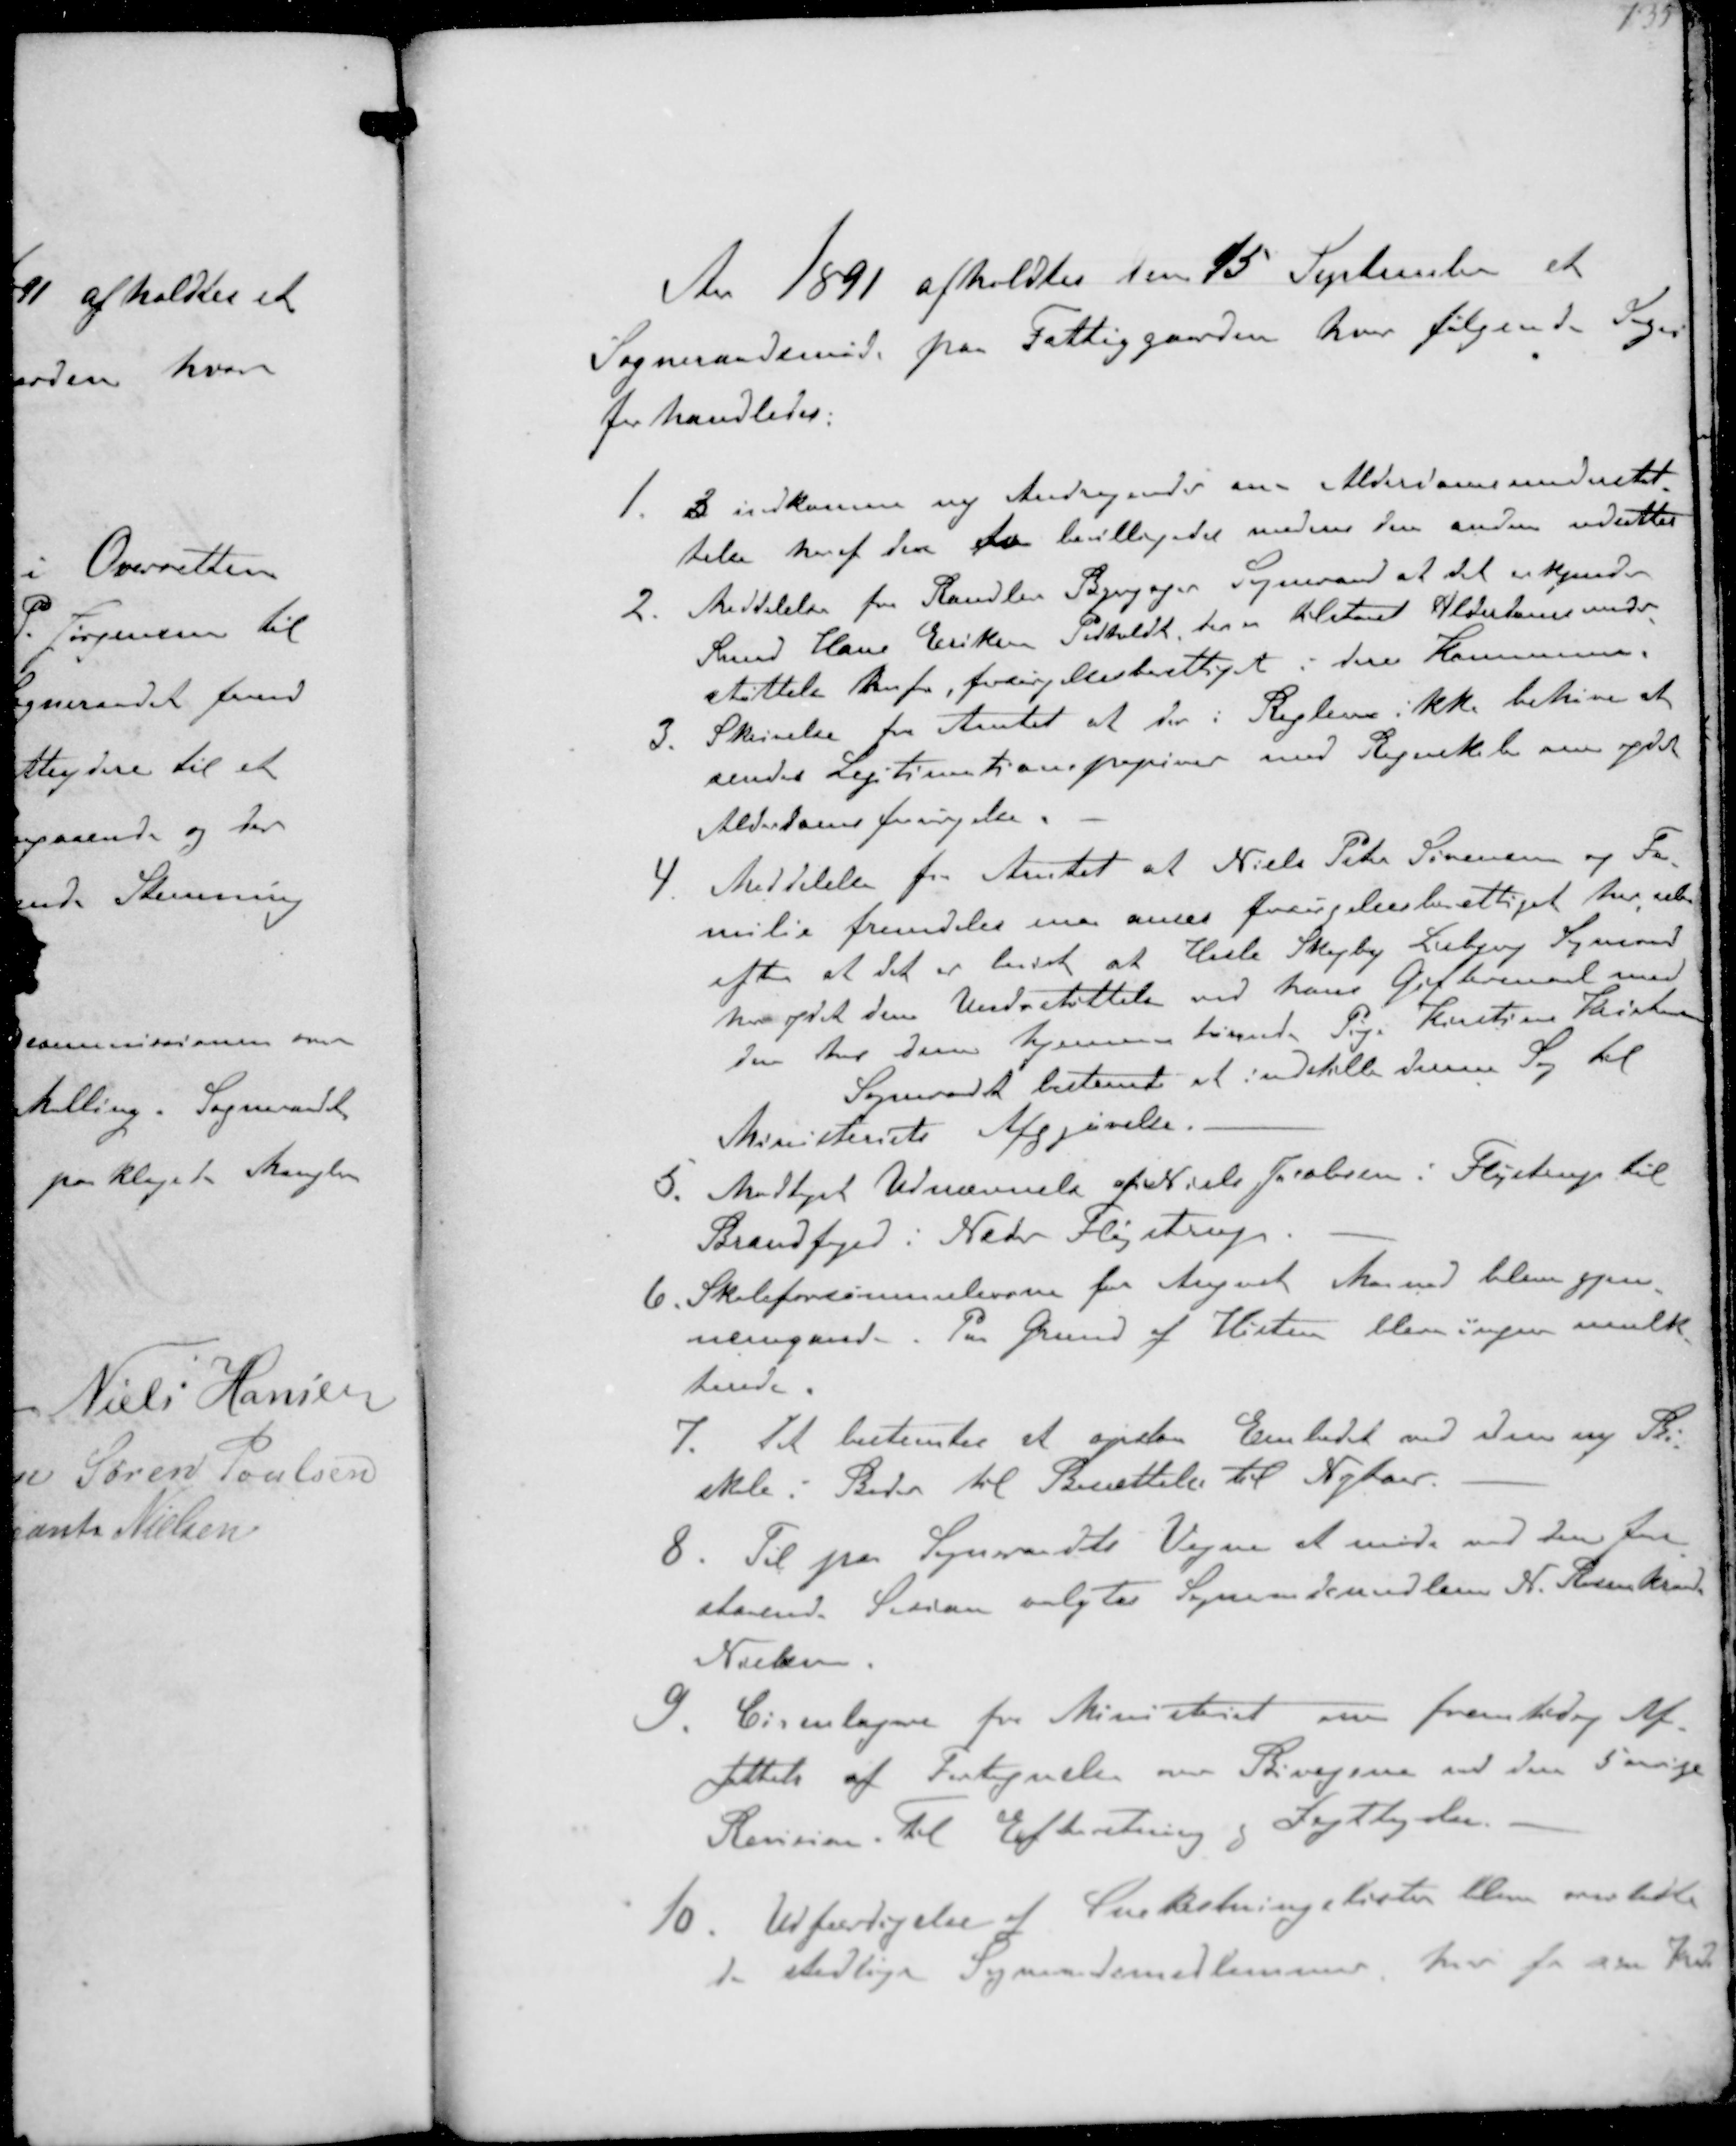
Transskription:
Aar 1891 afholdtes den 15 September et
Sogneraadsmøde paa Fattiggaarden hvor følgende Sager
forhandledes.
1. 3 indkomne ny Andragender om Alderdomsunderstøt-
telse heraf den to bevilligedes medens den anden udsattes
2. Meddelelse fra Randlev Bjergager Sogneraad at det erkjender
Knud Hans Eriksen Pedholdt der er tilstaaet Alderdomsunder-
støttelse herfra, forsørgelsesberettiget i deres Kommune.
3. Skrivelse fra Amtet at der i Reglerne ikke behøves at
sendes Legitimationspapirer med Regnskab over ydet
Alderdomsforsørgelse
4. Meddelelse fra Amtet at Niels Peter Sørensen og Fa-
milie fremdeles maa anses forsørgelsesberettiget her selv
efter at det er bevist at Hasle Skejby Libjerg Sogneraad
har ydet dem Undestøttelse ved hans Giftermaal med
den hos dem hjemmehørende Pige Kristine Kristensen
Sogneraadet bestemte at indstille denne Sag til
Ministeriets Afgjørelse.
5. Modtaget Udnævnelse af Niels Jacobsen i Fløjstrup til
Brandfoged i Neder Fløjstrup
6 Skoleforsømmelserne for August Maaned bleve gjen-
nemgaaede Paa Grund af Histen blev ingen mulk-
terede.
7. Det bestemtes et opslaa Embedet ved den ny Bi-
skole i Beder til Besættelse til Nytaar
8. Til på Sogneraadts Vegne at møde ved den fore-
staaende Session valgtes Soneraadmedlem N Rosenkrands
Nielsen
9. Circulæjere fra Ministeret om fremtidig Af-
fattelse af Fortegnelse om Bivejene ved den 5 aarige
Revision. Til Efteretning og Iagttagelse.
10. Udfærdigelse af Snekastningslister bleve overladte
de stedlige Sogneraadsmedlemmer hver for sin Kreds